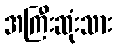
အကြီးဆုံးသား